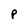
Character: P